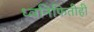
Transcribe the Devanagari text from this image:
ध्वनिफितीही